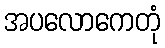
အပလောကေတုံ